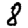
Digit: 8